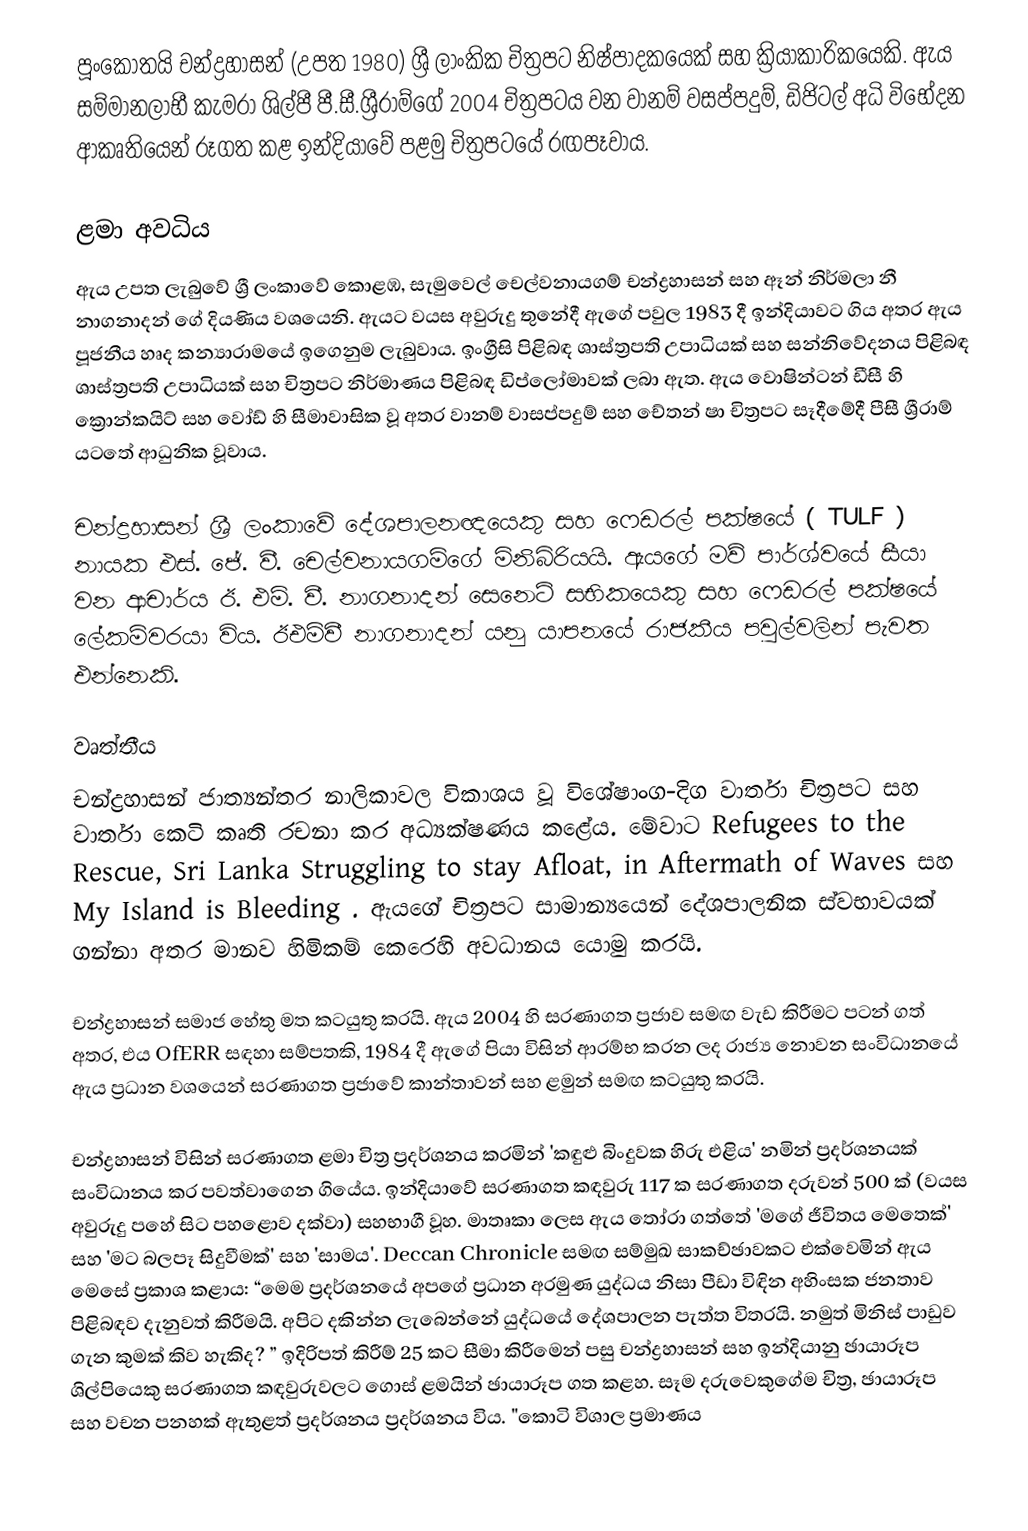
පූංකොතයි චන්ද්‍රහාසන් (උපත 1980) ශ්‍රී ලාංකික චිත්‍රපට නිෂ්පාදකයෙක් සහ ක්‍රියාකාරිකයෙකි. ඇය සම්මානලාභී කැමරා ශිල්පී පී.සී.ශ්‍රීරාම්ගේ 2004 චිත්‍රපටය වන වානම් වසප්පදුම්, ඩිජිටල් අධි විභේදන ආකෘතියෙන් රූගත කළ ඉන්දියාවේ පළමු චිත්‍රපටයේ රඟපෑවාය.

ළමා අවධිය
ඇය උපත ලැබුවේ ශ්‍රී ලංකාවේ කොළඹ, සැමුවෙල් චෙල්වනායගම් චන්ද්‍රහාසන් සහ ඈන් නිර්මලා නී නාගනාදන් ගේ දියණිය වශයෙනි. ඇයට වයස අවුරුදු තුනේදී ඇගේ පවුල 1983 දී ඉන්දියාවට ගිය අතර ඇය පූජනීය හෘද කන්‍යාරාමයේ ඉගෙනුම ලැබුවාය. ඉංග්‍රීසි පිළිබඳ ශාස්ත්‍රපති උපාධියක් සහ සන්නිවේදනය පිළිබඳ ශාස්ත්‍රපති උපාධියක් සහ චිත්‍රපට නිර්මාණය පිළිබඳ ඩිප්ලෝමාවක් ලබා ඇත. ඇය වොෂින්ටන් ඩීසී හි ක්‍රොන්කයිට් සහ වෝඩ් හි සීමාවාසික වූ අතර වානම් වාසප්පදුම් සහ චේතන් ෂා චිත්‍රපට සෑදීමේදී පීසී ශ්‍රීරාම් යටතේ ආධුනික වූවාය.

චන්ද්‍රහාසන් ශ්‍රී ලංකාවේ දේශපාලනඥයෙකු සහ ෆෙඩරල් පක්ෂයේ ( TULF ) නායක එස්. ජේ. වී. චෙල්වනායගම්ගේ මිනිබිරියයි.  ඇයගේ මව් පාර්ශ්වයේ සීයා වන ආචාර්ය ඊ. එම්. වී. නාගනාදන් සෙනෙට් සභිකයෙකු සහ ෆෙඩරල් පක්ෂයේ ලේකම්වරයා විය. ඊඑම්වී නාගනාදන් යනු යාපනයේ රාජකීය පවුල්වලින් පැවත එන්නෙකි.

වෘත්තීය
චන්ද්‍රහාසන් ජාත්‍යන්තර නාලිකාවල විකාශය වූ විශේෂාංග-දිග වාර්තා චිත්‍රපට සහ වාර්තා කෙටි කෘති රචනා කර අධ්‍යක්ෂණය කළේය. මේවාට Refugees to the Rescue,  Sri Lanka Struggling to stay Afloat, in Aftermath of Waves සහ My Island is Bleeding .  ඇයගේ චිත්‍රපට සාමාන්‍යයෙන් දේශපාලනික ස්වභාවයක් ගන්නා අතර මානව හිමිකම් කෙරෙහි අවධානය යොමු කරයි.

චන්ද්‍රහාසන් සමාජ හේතු මත කටයුතු කරයි.  ඇය 2004 හි සරණාගත ප්‍රජාව සමඟ වැඩ කිරීමට පටන් ගත් අතර,  එය OfERR සඳහා සම්පතකි,  1984 දී ඇගේ පියා විසින් ආරම්භ කරන ලද රාජ්‍ය නොවන සංවිධානයේ  ඇය ප්‍රධාන වශයෙන් සරණාගත ප්‍රජාවේ කාන්තාවන් සහ ළමුන් සමඟ කටයුතු කරයි.

චන්ද්‍රහාසන් විසින් සරණාගත ළමා චිත්‍ර ප්‍රදර්ශනය කරමින් 'කඳුළු බිංදුවක හිරු එළිය' නමින් ප්‍රදර්ශනයක් සංවිධානය කර පවත්වාගෙන ගියේය. ඉන්දියාවේ සරණාගත කඳවුරු 117 ක සරණාගත දරුවන් 500 ක් (වයස අවුරුදු පහේ සිට පහළොව දක්වා) සහභාගී වූහ. මාතෘකා ලෙස ඇය තෝරා ගත්තේ 'මගේ ජීවිතය මෙතෙක්' සහ 'මට බලපෑ සිදුවීමක්' සහ 'සාමය'. Deccan Chronicle සමඟ සම්මුඛ සාකච්ඡාවකට එක්වෙමින් ඇය මෙසේ ප්‍රකාශ කළාය: “මෙම ප්‍රදර්ශනයේ අපගේ ප්‍රධාන අරමුණ යුද්ධය නිසා පීඩා විඳින අහිංසක ජනතාව පිළිබඳව දැනුවත් කිරීමයි. අපිට දකින්න ලැබෙන්නේ යුද්ධයේ දේශපාලන පැත්ත විතරයි. නමුත් මිනිස් පාඩුව ගැන කුමක් කිව හැකිද? ” ඉදිරිපත් කිරීම් 25 කට සීමා කිරීමෙන් පසු චන්ද්‍රහාසන් සහ ඉන්දියානු ඡායාරූප ශිල්පියෙකු සරණාගත කඳවුරුවලට ගොස් ළමයින් ඡායාරූප ගත කළහ. සෑම දරුවෙකුගේම චිත්‍ර, ඡායාරූප සහ වචන පනහක් ඇතුළත් ප්‍රදර්ශනය ප්‍රදර්ශනය විය. "කොටි විශාල ප්‍රමාණය